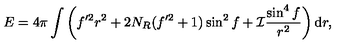
E = 4 \pi \int \left( f ^ { \prime 2 } r ^ { 2 } + 2 N _ { R } ( f ^ { \prime 2 } + 1 ) \sin ^ { 2 } f + { \cal I } \frac { \sin ^ { 4 } f } { r ^ { 2 } } \right) \mathrm { d } r ,